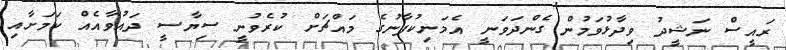
ރައީސް ނަޝީދު ވިދާޅުވަމުން ގެންދަވަނީ އެމަނިކުފާނުގެ މައްޗަށް ކުރެވުނީ ސިޔާސީ ދައުވާއެއް ކަމަށާއި